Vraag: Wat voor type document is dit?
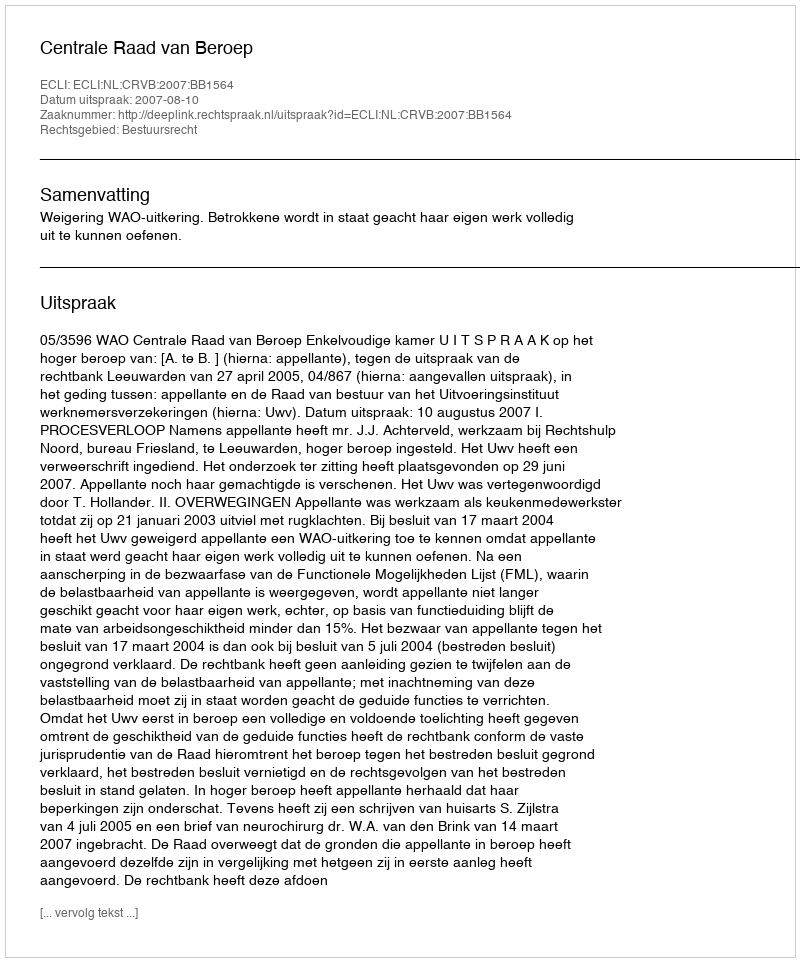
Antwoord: Uitspraak